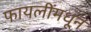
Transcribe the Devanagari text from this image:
फायलींमधून